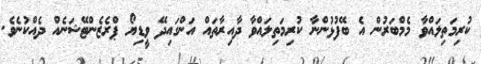
ކުރިމަތިލައްވާ މެމްބަރުން އެ ބޭފުޅުންނާ ކުރިމަތިލައްވާ ދާއިރާތައް އަންގައިދޭ ވީޑިޔޯ ޕްރެޒެންޓޭޝަނެއް ދެއްކުނެވެ.